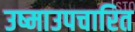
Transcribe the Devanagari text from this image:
उष्माउपचारित